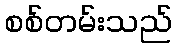
စစ်တမ်းသည်